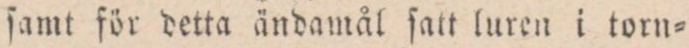
ſamt för detta ändamål ſatt luren i torn=